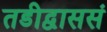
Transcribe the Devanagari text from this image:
तडीद्वाससं